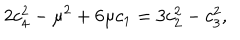
2 c _ { 4 } ^ { 2 } - \mu ^ { 2 } + 6 \mu c _ { 1 } = 3 c _ { 2 } ^ { 2 } - c _ { 3 } ^ { 2 } ,